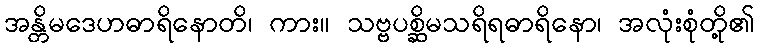
အန္တိမဒေဟဓာရိနောတိ၊ ကား။ သဗ္ဗပစ္ဆိမသရိရဓာရိနော၊ အလုံးစုံတို့၏